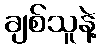
ချစ်သူနဲ့